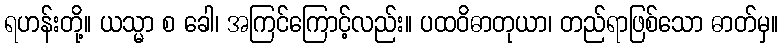
ရဟန်းတို့။ ယသ္မာ စ ခေါ၊ အကြင်ကြောင့်လည်း။ ပထဝိဓာတုယာ၊ တည်ရာဖြစ်သော ဓာတ်မှ။